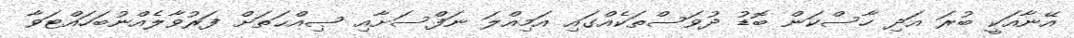
އޭނާއަކީ ބުރަ އަދި ހާސްކަން ބޮޑު ދުވަސްތަކެއްގައި އަމިއްލަ ނަފްސަށާއި ޞިއްޙަތަށް ފަރުވާލެއްނުބަހައްޓަވާ